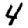
Digit: 4